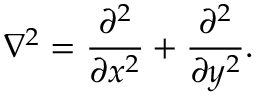
\nabla ^ { 2 } = \frac { \partial ^ { 2 } } { \partial x ^ { 2 } } + \frac { \partial ^ { 2 } } { \partial y ^ { 2 } } .